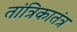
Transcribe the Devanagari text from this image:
तांत्रिकातंत्र